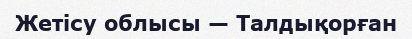
Жетісу облысы — Талдықорған